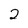
Character: 2